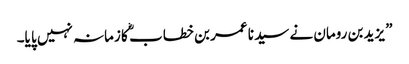
” یزید بن رومان نے سید نا عمر بن خطاب ؓ کا زمانہ نہیں پا یا۔